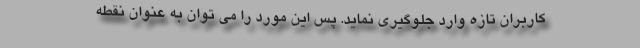
كاربران تازه وارد جلوگيري نمايد. پس اين مورد را مي توان به عنوان نقطه